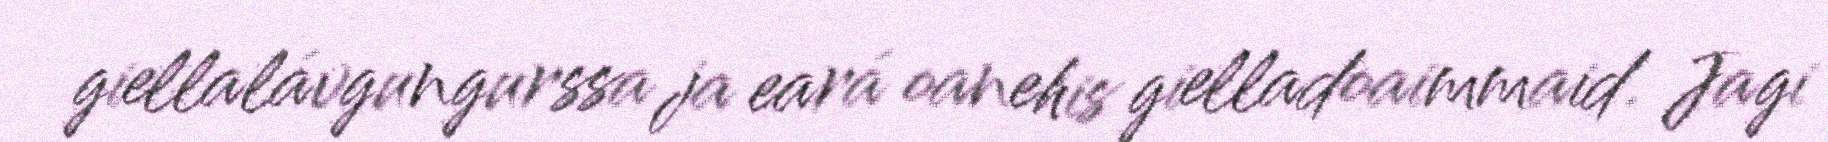
giellalávgungurssa ja eará oanehis gielladoaimmaid. Jagi